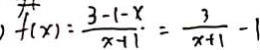
) f ( x ) = \frac { 3 - 1 - x } { x + 1 } . = \frac { 3 } { x + 1 } - 1